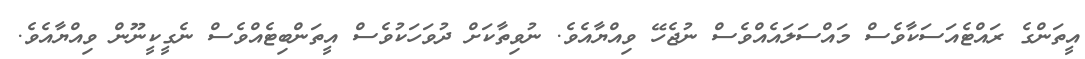
އީތަންގެ ރައްޓެއަސަކާވެސް މައްސަލައެއްވެސް ނުޖެހޭ ވިއްޔާއެވެ. ނުވިތާކަށް ދުވަހަކުވެސް އީތަންބިޓެއްވެސް ނެގީކީނޫން ވިއްޔާއެވެ.